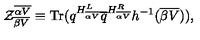
{ \cal Z } _ { \overline { { \beta V } } } ^ { \overline { { \alpha V } } } \equiv \mathrm { T r } ( q ^ { H _ { \overline { { \alpha V } } } ^ { L } } { \overline { q } } ^ { H _ { \overline { { \alpha V } } } ^ { R } } h ^ { - 1 } ( { \overline { { \beta V } } } ) ) ,